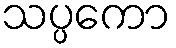
သပ္ပကော